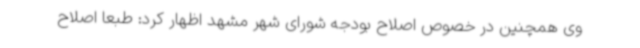
وی همچنین در خصوص اصلاح بودجه شورای شهر مشهد اظهار کرد: طبعا اصلاح